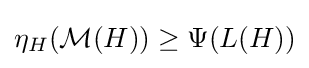
\eta _{H}({\mathcal {M}}(H))\geq \Psi (L(H))